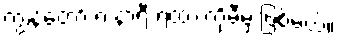
ကျွန်တော် ၈ နာရီ ရထားကိုမီမှ ဖြစ်မယ်။